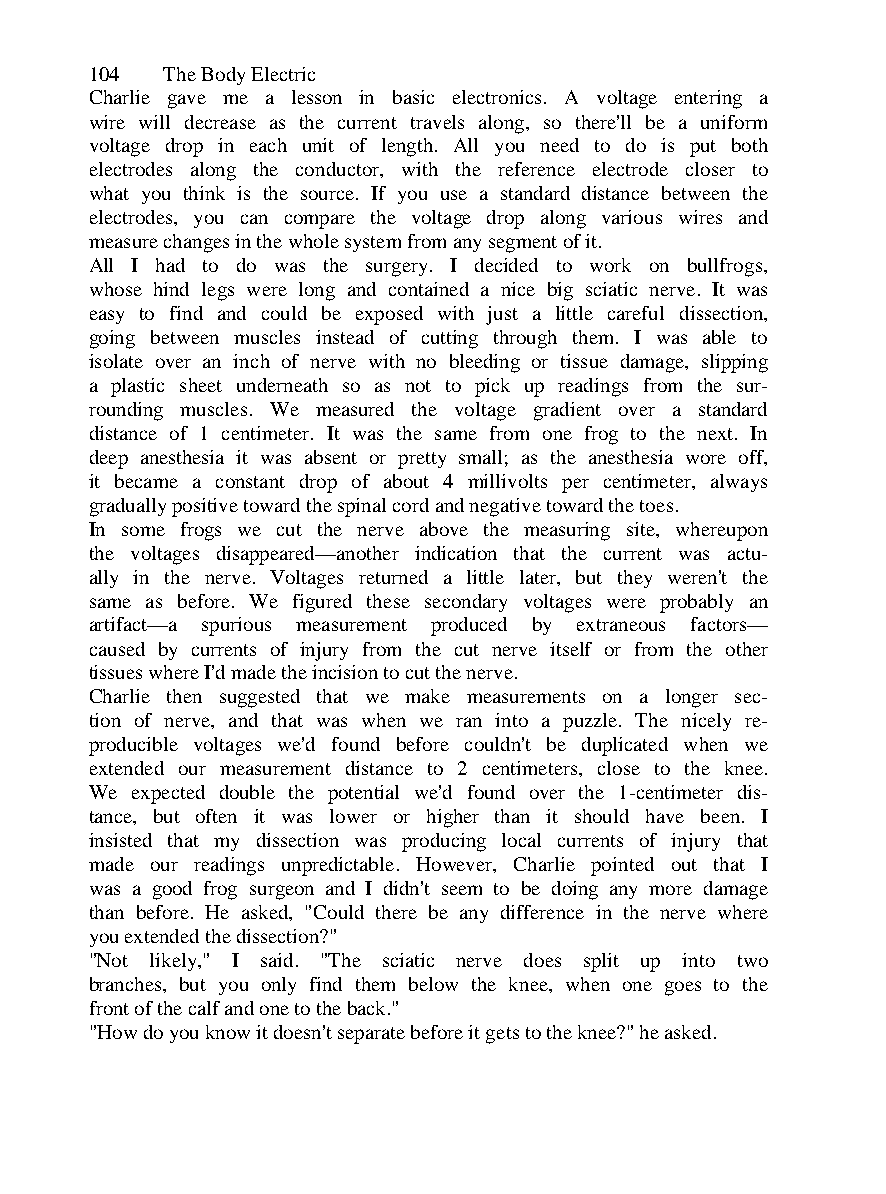
104  The Body Electric
 Charlie gave me a lesson in basic electronics. A voltage entering a
 wire will decrease as the current travels along, so there'll be a uniform
 voltage drop in each unit of length. All you need to do is put both
 electrodes along the conductor, with the reference electrode closer to
 what you think is the source. If you use a standard distance between the
 electrodes, you can compare the voltage drop along various wires and
 measure changes in the whole system from any segment of it.
 All I had to do was the surgery. I decided to work on bullfrogs,
 whose hind legs were long and contained a nice big sciatic nerve. It was
 easy to find and could be exposed with just a little careful dissection,
 going between muscles instead of cutting through them. I was able to
 isolate over an inch of nerve with no bleeding or tissue damage, slipping
 a plastic sheet underneath so as not to pick up readings from the sur-
 rounding muscles. We measured the voltage gradient over a standard
 distance of 1 centimeter. It was the same from one frog to the next. In
 deep anesthesia it was absent or pretty small; as the anesthesia wore off,
 it became a constant drop of about 4 millivolts per centimeter, always
 gradually positive toward the spinal cord and negative toward the toes.
 In some frogs we cut the nerve above the measuring site, whereupon
 the voltages disappeared—another indication that the current was actu-
 ally in the nerve. Voltages returned a little later, but they weren't the
 same as before. We figured these secondary voltages were probably an
 artifact—a spurious measurement produced by extraneous factors—
 caused by currents of injury from the cut nerve itself or from the other
 tissues where I'd made the incision to cut the nerve.
 Charlie then suggested that we make measurements on a longer sec-
 tion of nerve, and that was when we ran into a puzzle. The nicely re-
 producible voltages we'd found before couldn't be duplicated when we
 extended our measurement distance to 2 centimeters, close to the knee.
 We expected double the potential we'd found over the 1-centimeter dis-
 tance, but often it was lower or higher than it should have been. I
 insisted that my dissection was producing local currents of injury that
 made our readings unpredictable. However, Charlie pointed out that I
 was a good frog surgeon and I didn't seem to be doing any more damage
 than before. He asked, "Could there be any difference in the nerve where
 you extended the dissection?"
 "Not likely," I said. "The sciatic nerve does split up into two
 branches, but you only find them below the knee, when one goes to the
 front of the calf and one to the back."
 "How do you know it doesn't separate before it gets to the knee?" he asked.